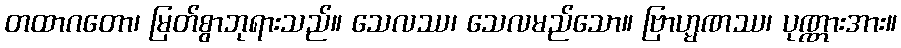
တထာဂတော၊ မြတ်စွာဘုရားသည်။ သေလဿ၊ သေလမည်သော။ ဗြာဟ္မဏဿ၊ ပုဏ္ဏားအား။